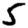
Digit: 5